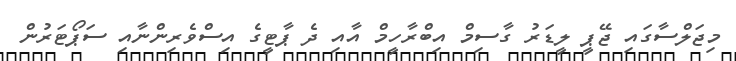
މިޖަލްސާގައި ޖޭޕީ ލީޑަރު ގާސިމް އިބްރާހީމް އާއި ދެ ޕާޓީގެ އިސްވެރިންނާއި ސަޕޯޓަރުން